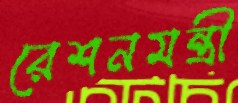
রেশনমন্ত্রী